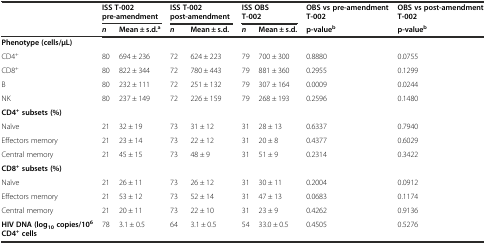
|  | <COLSPAN=2> ISS T-002 pre-amendment | <COLSPAN=2> ISS T-002 post-amendment | <COLSPAN=2> ISS OBS T-002 | OBS vs pre-amendment T-002 | OBS vs post-amendment T-002 |
 |  | n | Mean ± s.d.a | n | Mean ± s.d. | n | Mean ± s.d. | p-valueb | p-valueb |
 | --- | --- | --- | --- | --- | --- | --- | --- | --- |
 | Phenotype (cells/μL) |  |  |  |  |  |  |  |  |
 | CD4+ | 80 | 694 ± 236 | 72 | 624 ± 223 | 79 | 700 ± 300 | 0.8880 | 0.0755 |
 | CD8+ | 80 | 822 ± 344 | 72 | 780 ± 443 | 79 | 881 ± 360 | 0.2955 | 0.1299 |
 | B | 80 | 232 ± 111 | 72 | 251 ± 132 | 79 | 307 ± 164 | 0.0009 | 0.0244 |
 | NK | 80 | 237 ± 149 | 72 | 226 ± 159 | 79 | 268 ± 193 | 0.2596 | 0.1480 |
 | CD4+subsets (%) |  |  |  |  |  |  |  |  |
 | Naïve | 21 | 32 ± 19 | 73 | 31 ± 12 | 31 | 28 ± 13 | 0.6337 | 0.7940 |
 | Effectors memory | 21 | 23 ± 14 | 73 | 22 ± 12 | 31 | 20 ± 8 | 0.4377 | 0.6029 |
 | Central memory | 21 | 45 ± 15 | 73 | 48 ± 9 | 31 | 51 ± 9 | 0.2314 | 0.3422 |
 | CD8+subsets (%) |  |  |  |  |  |  |  |  |
 | Naïve | 21 | 26 ± 11 | 73 | 26 ± 12 | 31 | 30 ± 11 | 0.2004 | 0.0912 |
 | Effectors memory | 21 | 53 ± 12 | 73 | 52 ± 14 | 31 | 47 ± 13 | 0.0683 | 0.1174 |
 | Central memory | 21 | 20 ± 11 | 73 | 22 ± 10 | 31 | 23 ± 9 | 0.4262 | 0.9136 |
 | HIV DNA (log10copies/106CD4+cells | 78 | 3.1 ± 0.5 | 64 | 3.1 ± 0.5 | 54 | 33.0 ± 0.5 | 0.4505 | 0.5276 |